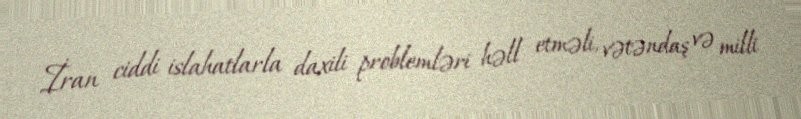
İran ciddi islahatlarla daxili problemləri həll etməli, vətəndaş və milli